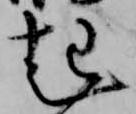
起